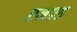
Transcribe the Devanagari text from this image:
एन९५